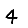
Digit: 4